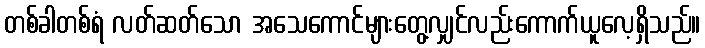
တစ်ခါတစ်ရံ လတ်ဆတ်သော အသေကောင်များတွေ့လျှင်လည်းကောက်ယူလေ့ရှိသည်။